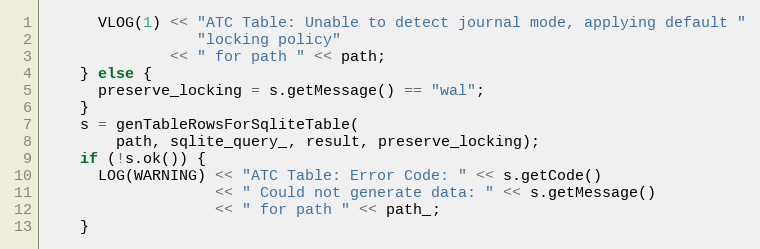
Language: C++
      VLOG(1) << "ATC Table: Unable to detect journal mode, applying default "
                 "locking policy"
              << " for path " << path;
    } else {
      preserve_locking = s.getMessage() == "wal";
    }
    s = genTableRowsForSqliteTable(
        path, sqlite_query_, result, preserve_locking);
    if (!s.ok()) {
      LOG(WARNING) << "ATC Table: Error Code: " << s.getCode()
                   << " Could not generate data: " << s.getMessage()
                   << " for path " << path_;
    }